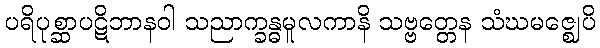
ပရိပုစ္ဆာပဋိဘာနဝါ သညာက္ခန္ဓမူလကာနိ သဗ္ဗတ္တေန သံဃမဇ္ဈေပိ